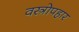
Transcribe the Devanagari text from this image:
वस्त्रोपहार